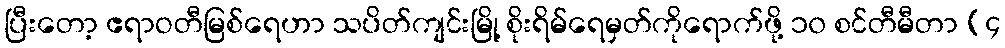
ပြီးတော့ ဧရာဝတီမြစ်ရေဟာ သပိတ်ကျင်းမြို့ စိုးရိမ်ရေမှတ်ကိုရောက်ဖို့ ၁၀ စင်တီမီတာ (၄